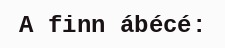
A finn ábécé: